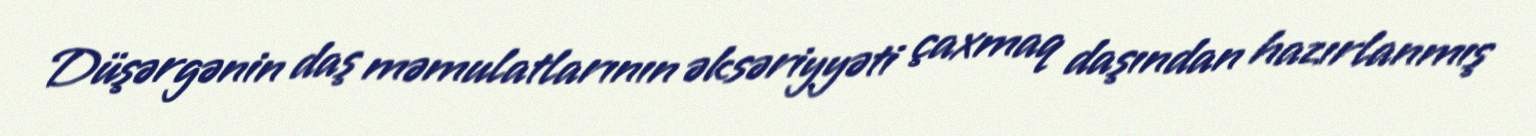
Düşərgənin daş məmulatlarının əksəriyyəti çaxmaq daşından hazırlanmış